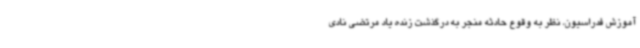
آموزش فدراسیون، نظر به وقوع حادثه منجر به درگذشت زنده یاد مرتضی نادی